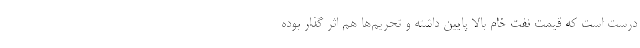
درست است که قیمت نفت خام بالا پایین داشته و تحریم‌ها هم اثر گذار بوده